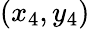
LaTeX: (x_{4},y_{4})